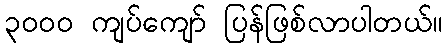
၃၀၀၀ ကျပ်ကျော် ပြန်ဖြစ်လာပါတယ်။